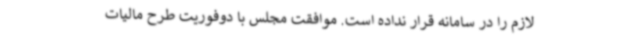
لازم را در سامانه قرار نداده است. موافقت مجلس با دوفوریت طرح مالیات